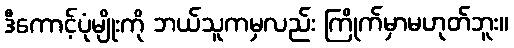
ဒီကောင့်ပုံမျိုးကို ဘယ်သူကမှလည်း ကြိုက်မှာမဟုတ်ဘူး။